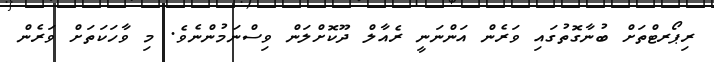
ރިޕޯރޓްތަށް ބުނާގޮތުގައި ވަރެން އަންނަނީ ރެއާލް ދޫކޮށްލަން ވިސްނަމުންނެވެ. މި ވާހަކަތަށް ވަރެން